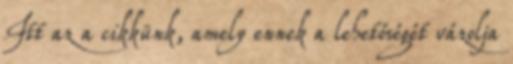
Itt az a cikkünk, amely ennek a lehetőségét vázolja